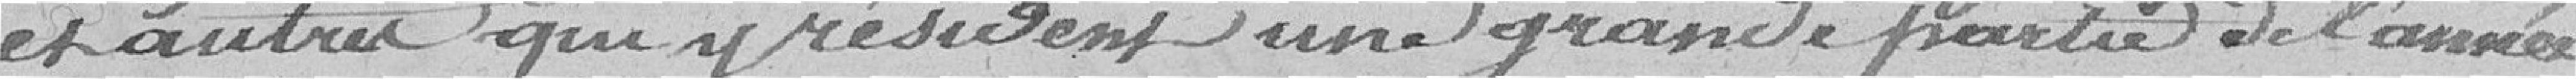
et autres qui y résident une grande partie de l'année